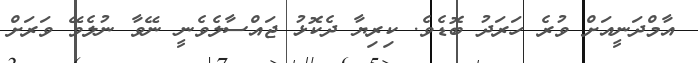
އާމްދަނީއަށް ވުރެ ހަރަދު ބޮޑެވެ. ކިރިޔާ ދެކޮޅު ޖައްސާލެވެނީ ނޭވާ ނުލެވޭ ވަރަށް